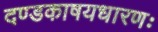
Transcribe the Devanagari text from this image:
दण्डकाषयधारणः